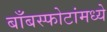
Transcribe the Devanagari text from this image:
बाँबस्फोटांमध्ये